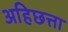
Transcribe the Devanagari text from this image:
अहिछत्ता